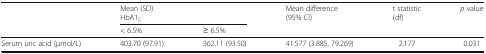
<table><thead><tr><td rowspan="3"></td><td colspan="2"><b>Mean (SD)</b></td><td rowspan="3"><b>Mean difference (95% CI)</b></td><td rowspan="3"><b>t statistic(df)</b></td><td rowspan="3"><b><i>p</i> value</b></td></tr><tr><td colspan="2"><b>HbA1<sub>C</sub></b></td></tr><tr><td><b>&lt; 6.5%</b></td><td><b>≥ 6.5%</b></td></tr></thead><tbody><tr><td>Serum uric acid (μmol/L)</td><td>403.70 (97.91)</td><td>362.11 (93.50)</td><td>41.577 (3.885, 79.269)</td><td>2.177</td><td>0.031</td></tr></tbody></table>